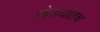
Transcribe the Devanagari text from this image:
खेडयांतच